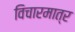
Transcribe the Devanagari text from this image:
विचारमात्र